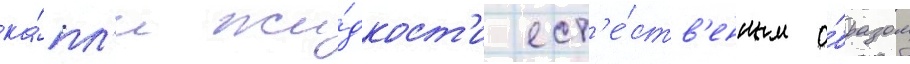
ка́пл'и жи́дкост'и ест'е́ств'енным о́бразом